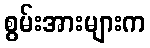
စွမ်းအားများက